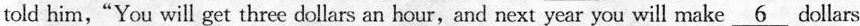
told him,“You will get three dollars an hour,and next year you will make_ 6 dollars